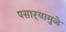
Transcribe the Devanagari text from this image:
पसार्‍यामुळे